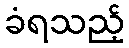
ခံရသည့်